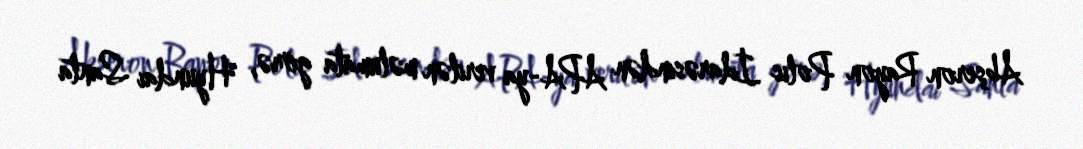
Abşeron Rayon Polis İdarəsindən APA-ya verilən məlumata görə, "Hyundai Santa